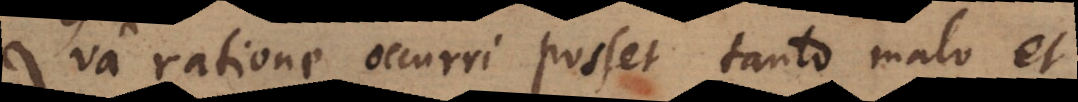
Qua ratione occurri posset tanto malo et